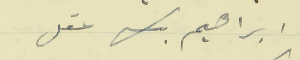
ابراهيم بك عقل